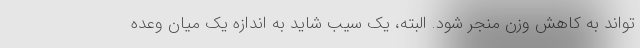
تواند به کاهش وزن منجر شود. البته، یک سیب شاید به اندازه یک میان وعده